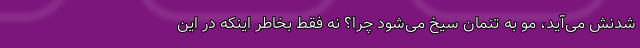
شدنش می‌آید، مو به تنمان سیخ می‌شود چرا؟ نه فقط بخاطر اینکه در این